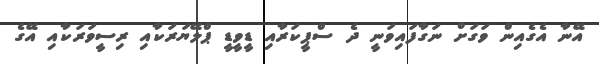
އޭނާ އެގެއިން ވަގަށް ނަގާފައިވަނީ ދެ ސްޕީކަރާއި ޑީވީޑީ ޕްލޭޔަރަކާއި ރިސީވަރަކާއި އޭގެ